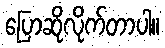
ပြောဆိုလိုက်တာပါ။